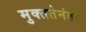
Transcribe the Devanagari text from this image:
मुक्ततेनंतर